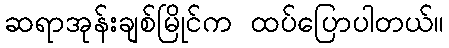
ဆရာအုန်းချစ်မြိုင်က ထပ်ပြောပါတယ်။